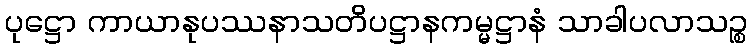
ပုဋ္ဌော ကာယာနုပဿနာသတိပဋ္ဌာနကမ္မဋ္ဌာနံ သာခါပလာသဉ္စ